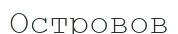
Островов